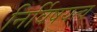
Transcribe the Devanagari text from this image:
निर्विषयत्व